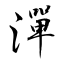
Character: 潬